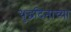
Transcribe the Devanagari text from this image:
युद्धदिनाच्या